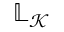
\mathbb { L } _ { \mathcal { K } }